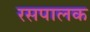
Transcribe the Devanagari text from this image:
रसपालक